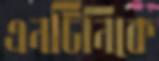
এনটিনিকে